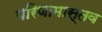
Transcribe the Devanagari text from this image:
परिणामास्तव